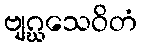
ဗျဂ္ဃသေဝိတံ